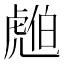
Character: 𧇚